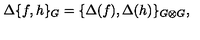
\Delta \{ f , h \} _ { G } = \{ \Delta ( f ) , \Delta ( h ) \} _ { G \otimes G } ,